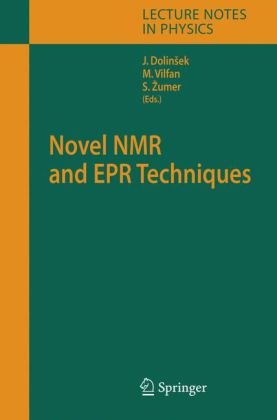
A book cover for Novel NMR and EPR Techniques (Lecture Notes in Physics); Science & Math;